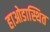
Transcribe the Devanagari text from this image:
हाओडास्थित